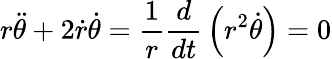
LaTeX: r{\ddot{\theta}}+2{\dot{r}}{\dot{\theta}}={\frac{1}{r}}{\frac{d}{dt}}\left(r^{2}{\dot{\theta}}\right)=0